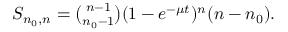
\begin{array} { r } { S _ { n _ { 0 } , n } = { \binom { n - 1 } { n _ { 0 } - 1 } } ( 1 - e ^ { - \mu t } ) ^ { n } ( n - n _ { 0 } ) . } \end{array}